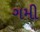
ગમી